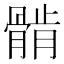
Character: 𱅲